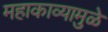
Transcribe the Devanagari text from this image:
महाकाव्यामुळे